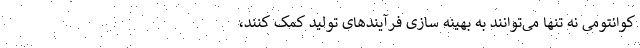
کوانتومی نه تنها می‌توانند به بهینه سازی فرآیندهای تولید کمک کنند،